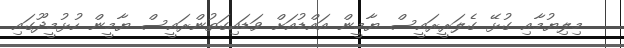
މިލިޔުމާއި ގުޅޭ ގެލަރީރައީސް ޔާމީން އައްޑުއަށް ވަޑައިގަތުންރައީސް ޔާމީން ހުޅުމީދޫގައި